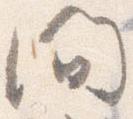
間